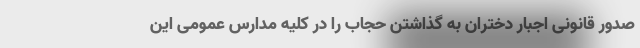
صدور قانونی اجبار دختران به گذاشتن حجاب را در کلیه مدارس عمومی این